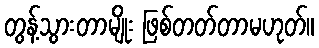
တွန့်သွားတာမျိုး ဖြစ်တတ်တာမဟုတ်။